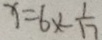
x = 6 x \times \frac { 1 } { 1 7 }